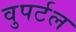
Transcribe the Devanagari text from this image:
वुपर्टल